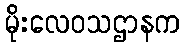
မိုးလေဝသဌာနက